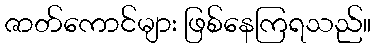
ဇာတ်ကောင်များ ဖြစ်နေကြရသည်။